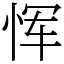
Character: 恽